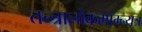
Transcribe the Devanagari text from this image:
तन्त्रालोकमाम्न्यत्र